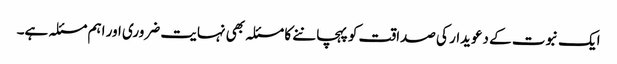
ایک نبوت کے دعویدار کی صداقت کو پہچاننے کا مسئلہ بھی نہایت ضروری اور اہم مسئلہ ہے۔